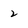
Character: 2